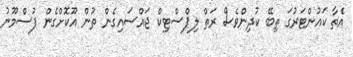
އެތާ ކައުންޓަރުގަ ތިބޭ ކުދިންވެސް ރަތް ލިޕްސްޓިކް ޖައްސައިގެން ތުން އޫކޮށްގެން ފުސްމޫނު